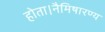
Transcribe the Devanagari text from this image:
होता।नैमिषारण्य